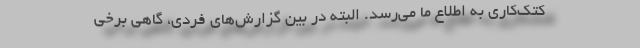
کتک‌کاری به اطلاع ما می‌رسد. البته در بین گزارش‌های فردی، گاهی برخی